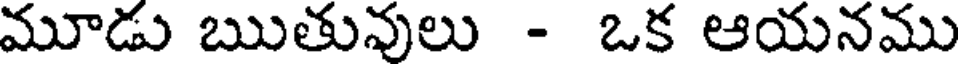
మూడు ఋతువులు - ఒక ఆయనము